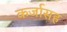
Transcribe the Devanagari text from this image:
कर्जासह